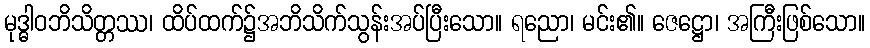
မုဒ္ဓါဝဘိသိတ္တဿ၊ ထိပ်ထက်၌အဘိသိက်သွန်းအပ်ပြီးသော။ ရညော၊ မင်း၏။ ဇေဋ္ဌော၊ အကြီးဖြစ်သော။